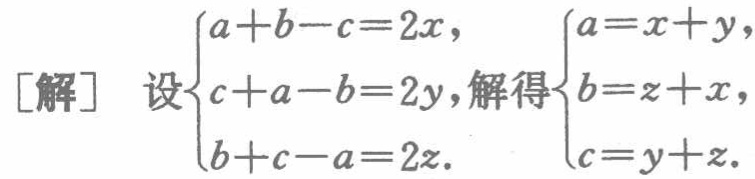
\[

[解] \text{ 设 }

\begin{cases}

a + b - c = 2x, \\

c + a - b = 2y, \\

b + c - a = 2z.

\end{cases}

\text{解得}

\begin{cases}

a = x + y, \\

b = z + x, \\

c = y + z.

\end{cases}

\]